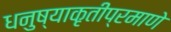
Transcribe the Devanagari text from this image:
धनुष्याकृतीप्रमाणे